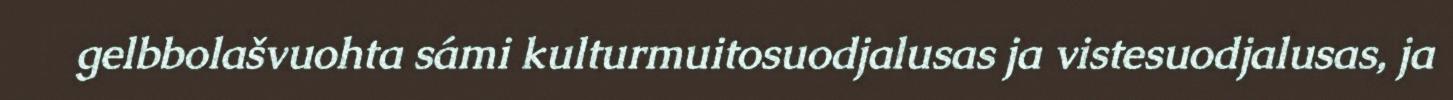
gelbbolašvuohta sámi kulturmuitosuodjalusas ja vistesuodjalusas, ja